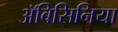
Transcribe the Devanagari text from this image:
अॅबिसिनिया